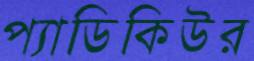
প্যাডিকিউর